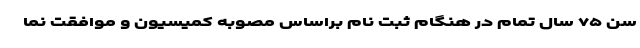
سن ۷۵ سال تمام در هنگام ثبت نام براساس مصوبه کمیسیون و موافقت نما